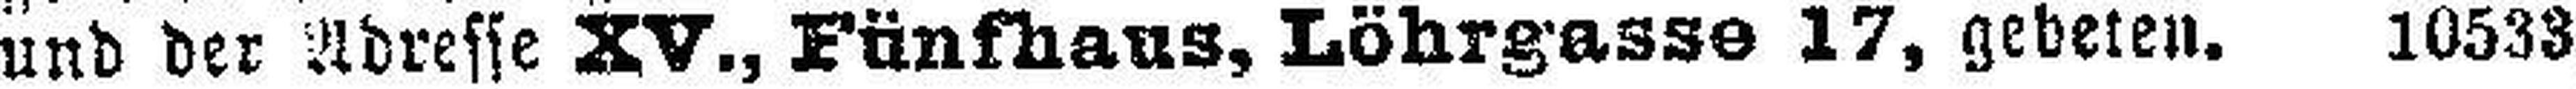
und der Adresse XV., Fünfhaus, Löhrgasse 17, gebeten. 10533